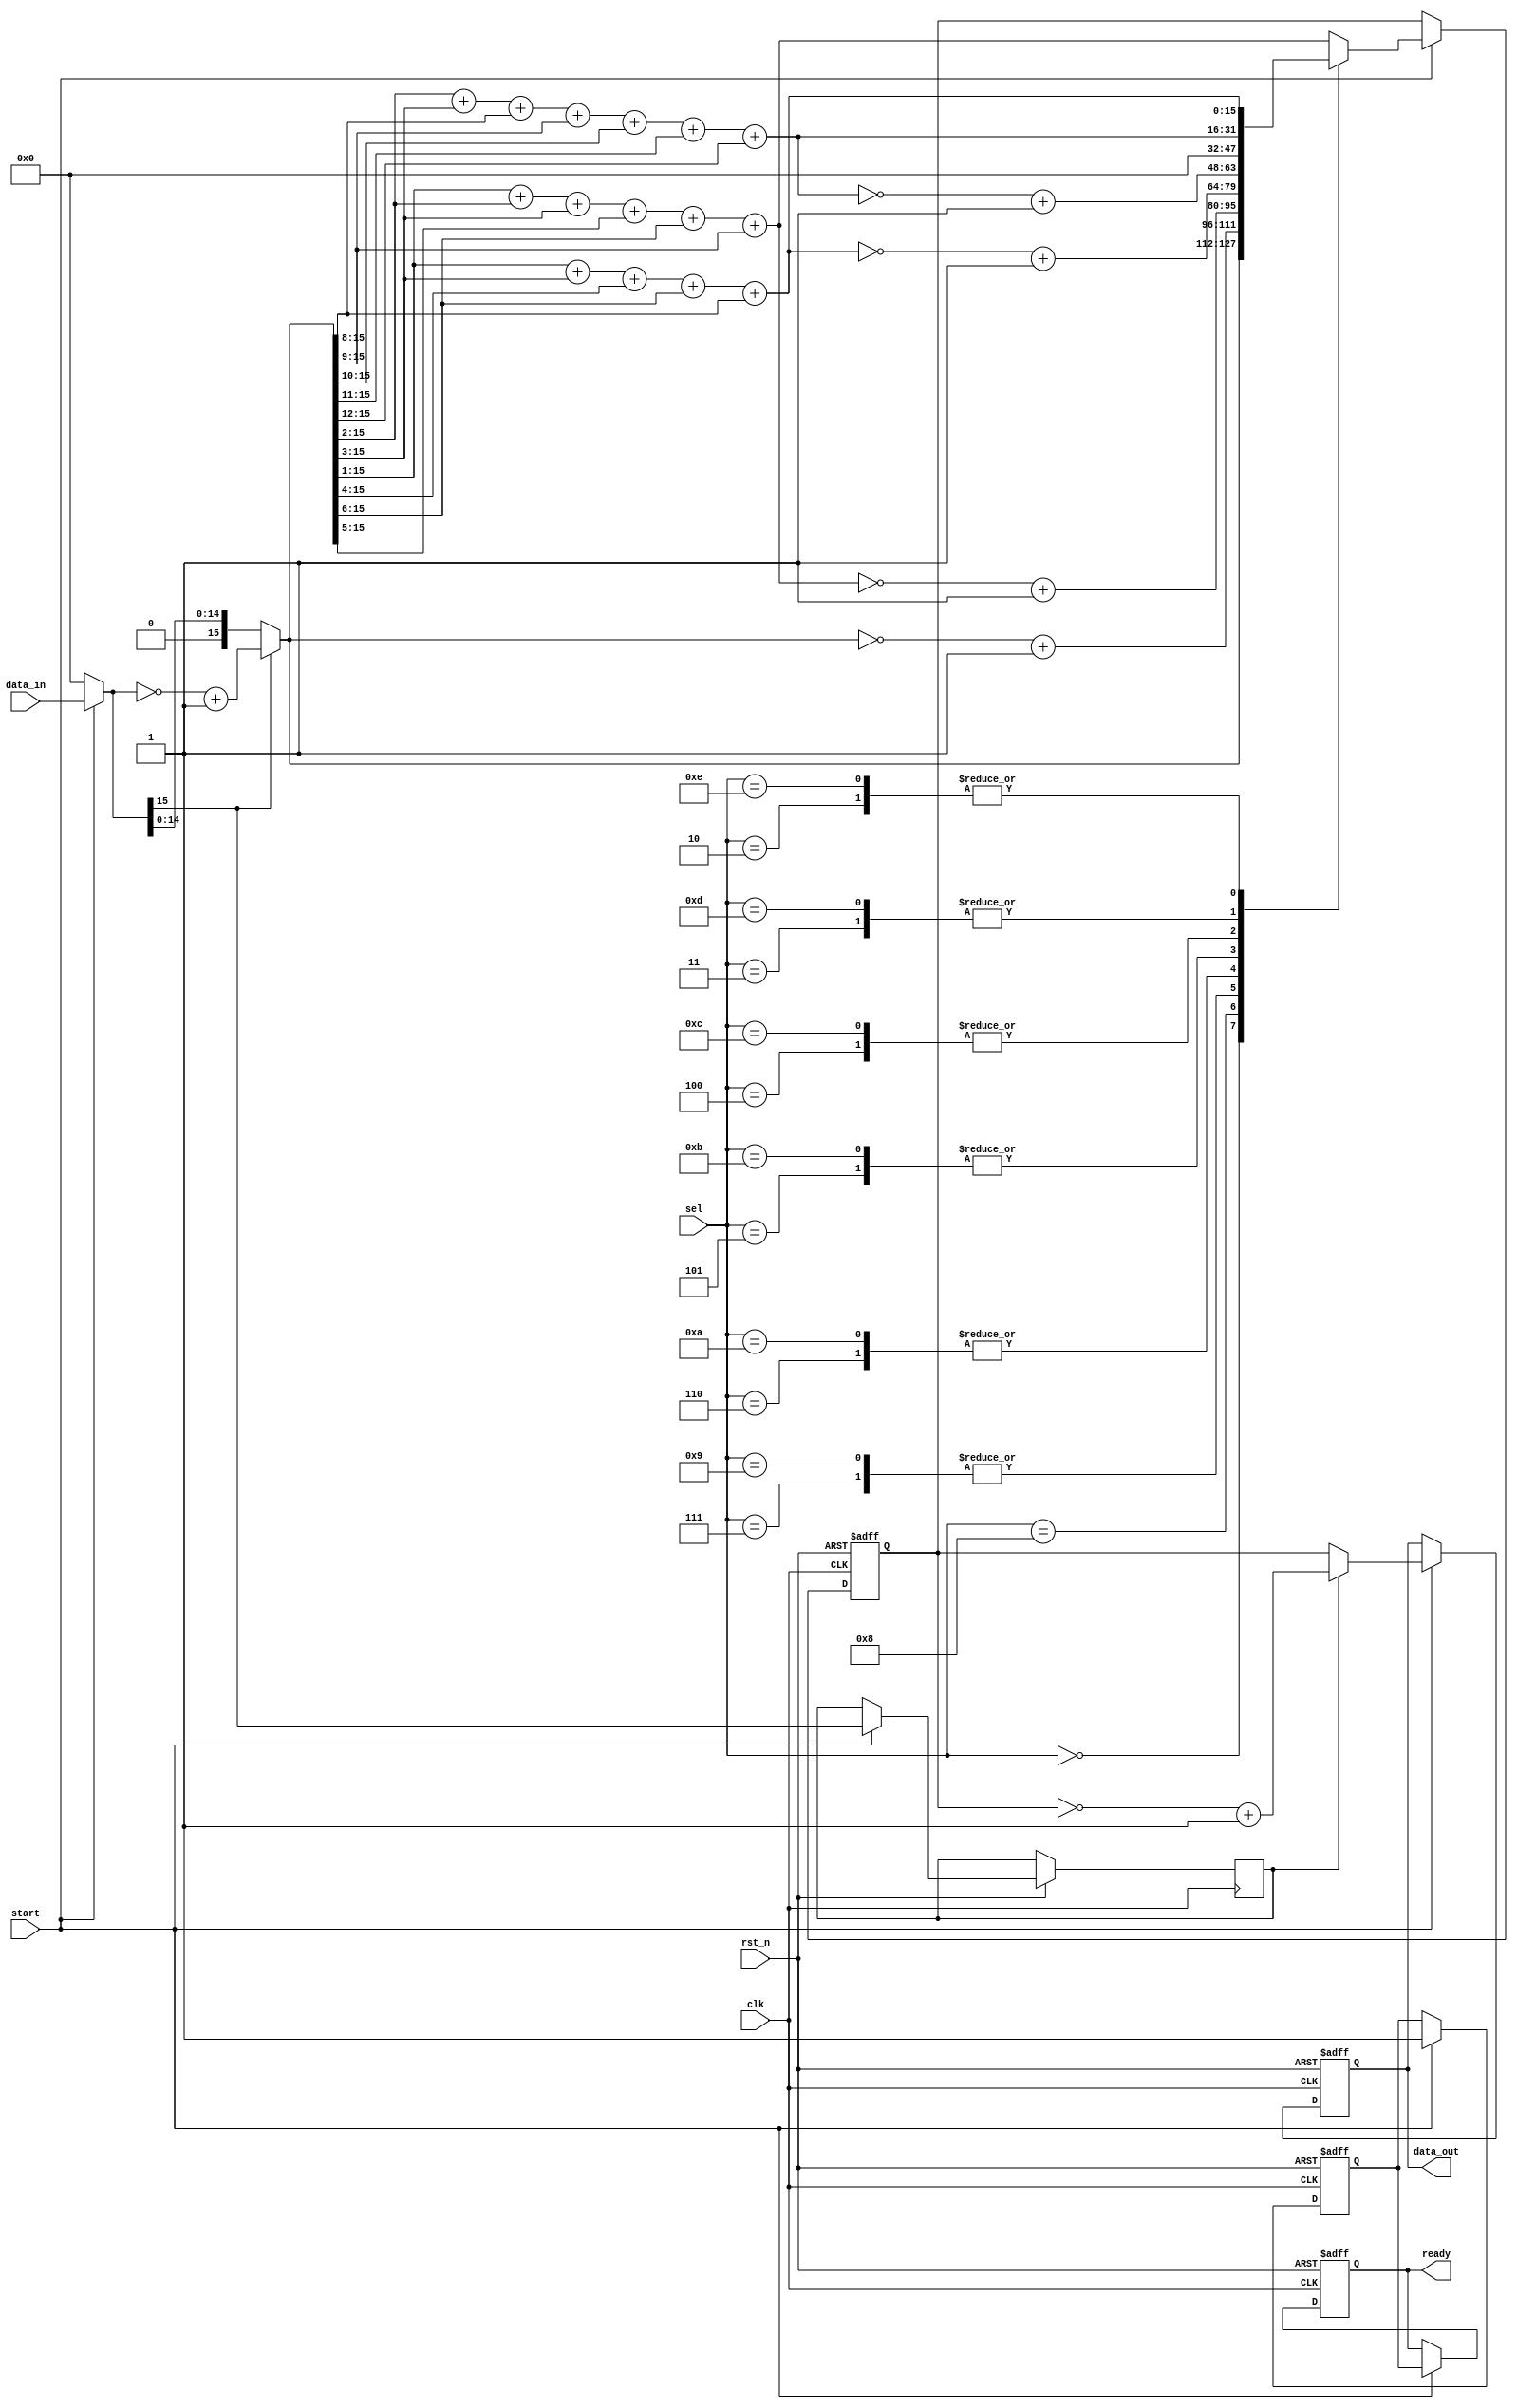

module carrier_multi_cos
#(
	parameter width_sym 	= 16,		// do rong cua 1 ky tu
	parameter width_sel		= 4		// do rong cua bien sel
)
(
	input			clk,
	input			rst_n,
	input 			[width_sel-1:0]		sel,
	input		signed	[width_sym-1:0]		data_in,
	input  		start,
	output reg		[width_sym-1:0]		data_out,	
	output reg  	ready			//Bao da nap xong du lieu
);

	wire [width_sym-1:0] data_out_0    ;
	wire [width_sym-1:0] data_out_1    ;
	wire [width_sym-1:0] data_out_2    ;
	wire [width_sym-1:0] data_out_3    ;
	wire [width_sym-1:0] data_out_4    ;
	wire [width_sym-1:0] data_out_5    ;
	wire [width_sym-1:0] data_out_6    ;
	wire [width_sym-1:0] data_out_7    ;
	wire [width_sym-1:0] data_out_8    ;
	wire [width_sym-1:0] data_out_9    ;
	wire [width_sym-1:0] data_out_10   ;
	wire [width_sym-1:0] data_out_11   ;
	wire [width_sym-1:0] data_out_12   ;
	wire [width_sym-1:0] data_out_13   ;
	wire [width_sym-1:0] data_out_14   ;
	wire [width_sym-1:0] data_out_15   ;
	wire [width_sym-1:0]	data_in_temp;
	wire [width_sym-1:0]	data_in_temp2;
	reg  [width_sym-1:0]	data_out_temp;
	reg						data_in_temp3;
	reg						ready_delay;
	
	assign data_in_temp2= start? data_in:0;
	assign data_in_temp= data_in_temp2[15]? (~(data_in_temp2)+16'b1):data_in_temp2;
	
	
	assign data_out_0  = 0;
	assign data_out_1  = (data_in_temp>>>2)+(data_in_temp>>>3)+(data_in_temp>>>8)+(data_in_temp>>>9)+(data_in_temp>>>10)+(data_in_temp>>>11)+(data_in_temp>>>12); 
	assign data_out_2  = (data_in_temp>>>1)+(data_in_temp>>>3)+(data_in_temp>>>4) +(data_in_temp>>>6) +(data_in_temp>>>8); 
	assign data_out_3  = (data_in_temp>>>1)+(data_in_temp>>>2)+(data_in_temp>>>3) +(data_in_temp>>>5) +(data_in_temp>>>6) +(data_in_temp>>>9);
	assign data_out_4  = data_in_temp;                      
	assign data_out_5  = (data_in_temp>>>1)+(data_in_temp>>>2)+(data_in_temp>>>3) +(data_in_temp>>>5) +(data_in_temp>>>6) +(data_in_temp>>>9);
	assign data_out_6  = (data_in_temp>>>1)+(data_in_temp>>>3)+(data_in_temp>>>4) +(data_in_temp>>>6) +(data_in_temp>>>8); 
	assign data_out_7  = (data_in_temp>>>2)+(data_in_temp>>>3)+(data_in_temp>>>8)+(data_in_temp>>>9)+(data_in_temp>>>10)+(data_in_temp>>>11)+(data_in_temp>>>12); 
	assign data_out_8  = 0;                                 
	assign data_out_9  = ~((data_in_temp>>>2)+(data_in_temp>>>3)+(data_in_temp>>>8)+(data_in_temp>>>9)+(data_in_temp>>>10)+(data_in_temp>>>11)+(data_in_temp>>>12))+16'b1;
	assign data_out_10 = ~((data_in_temp>>>1)+(data_in_temp>>>3)+(data_in_temp>>>4) +(data_in_temp>>>6) +(data_in_temp>>>8))+16'b1;
	assign data_out_11 = ~((data_in_temp>>>1)+(data_in_temp>>>2)+(data_in_temp>>>3) +(data_in_temp>>>5) +(data_in_temp>>>6) +(data_in_temp>>>9))+16'b1;
	assign data_out_12 = ~( data_in_temp)+16'b1;                         
	assign data_out_13 = ~((data_in_temp>>>1)+(data_in_temp>>>2)+(data_in_temp>>>3) +(data_in_temp>>>5) +(data_in_temp>>>6) +(data_in_temp>>>9))+16'b1;
	assign data_out_14 = ~((data_in_temp>>>1)+(data_in_temp>>>3)+(data_in_temp>>>4) +(data_in_temp>>>6) +(data_in_temp>>>8))+16'b1; 
	assign data_out_15 = ~((data_in_temp>>>2)+(data_in_temp>>>3)+(data_in_temp>>>8)+(data_in_temp>>>9)+(data_in_temp>>>10)+(data_in_temp>>>11)+(data_in_temp>>>12))+16'b1;
	
	always @ (posedge clk or negedge rst_n  ) begin
		if(!rst_n) begin 
			data_out <= 0 ;
			ready<=0;
			ready_delay<=0;
			data_out_temp<=0;
		end
		else if(start) 	begin
					
					//data_out<= mem_temp*data_in_temp;					
					case(sel)	
						4'b0000: data_out_temp<= data_out_4  ;
						4'b0001: data_out_temp<= data_out_5  ;
						4'b0010: data_out_temp<= data_out_6  ;
						4'b0011: data_out_temp<= data_out_7  ;
						4'b0100: data_out_temp<= data_out_8  ;
						4'b0101: data_out_temp<= data_out_9  ;
						4'b0110: data_out_temp<= data_out_10 ;
						4'b0111: data_out_temp<= data_out_11 ;
						4'b1000: data_out_temp<= data_out_12 ;
						4'b1001: data_out_temp<= data_out_13 ;
						4'b1010: data_out_temp<= data_out_14 ;
						4'b1011: data_out_temp<= data_out_15 ;
						4'b1100: data_out_temp<= data_out_0  ;
						4'b1101: data_out_temp<= data_out_1  ;
						4'b1110: data_out_temp<= data_out_2  ;
						default: data_out_temp<= data_out_3  ;
					endcase
					
					//assign data_out= data_in_temp[15]? (~(data_out_temp)+1):data_out_temp;
					data_in_temp3<=data_in_temp2[15];// data_in_temp3 la tre cua data_in_temp de viec xac dinh am duong se van giu duoc den khi ra data_out
					if(!data_in_temp3) begin
						data_out<=data_out_temp;
						
					end
					else begin
						data_out<=~(data_out_temp)+16'b1;	
					end
					ready<=ready_delay;
					ready_delay<=1;
					
			end
	end
endmodule